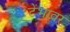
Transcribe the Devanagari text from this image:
टेंभावर